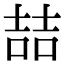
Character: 喆